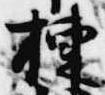
棟